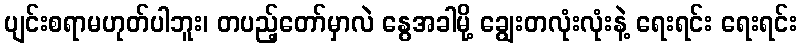
ပျင်းစရာမဟုတ်ပါဘူး၊ တပည့်တော်မှာလဲ နွေအခါမို့ ချွေးတလုံးလုံးနဲ့ ရေးရင်း ရေးရင်း